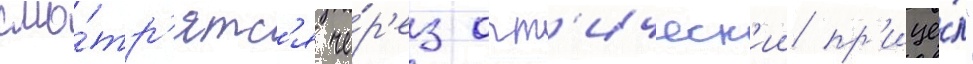
смо́тр'ятс'я че́р'ез опт'ическ'ии пр'ице́л"